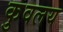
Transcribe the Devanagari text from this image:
कुवलय